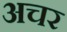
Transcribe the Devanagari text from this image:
अचर